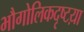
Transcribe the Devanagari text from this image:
भौगोलिकदृष्टय़ा